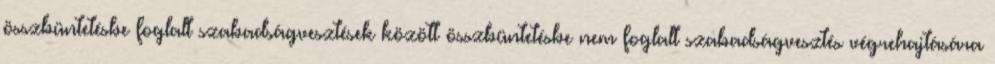
összbüntetésbe foglalt szabadságvesztések között összbüntetésbe nem foglalt szabadságvesztés végrehajtására